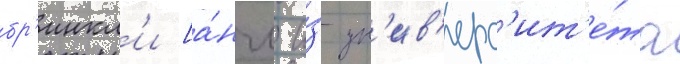
бр'инкл'и [а́нгл. и́з ун'ив'ерс'ит'е́та